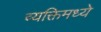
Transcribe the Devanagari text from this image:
व्यक्तिमध्ये